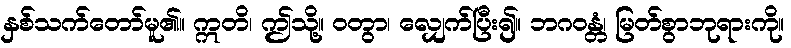
နှစ်သက်တော်မူ၏။ ဣတိ၊ ဤသို့။ ဝတွာ၊ လျှေက်ပြီး၍။ ဘဂဝန္တံ၊ မြတ်စွာဘုရားကို။